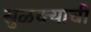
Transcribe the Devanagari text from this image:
सुळक्याची